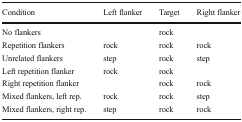
<table><thead><tr><td><b>Condition</b></td><td><b>Left flanker</b></td><td><b>Target</b></td><td><b>Right flanker</b></td></tr></thead><tbody><tr><td>No flankers</td><td></td><td>rock</td><td></td></tr><tr><td>Repetition flankers</td><td>rock</td><td>rock</td><td>rock</td></tr><tr><td>Unrelated flankers</td><td>step</td><td>rock</td><td>step</td></tr><tr><td>Left repetition flanker</td><td>rock</td><td>rock</td><td></td></tr><tr><td>Right repetition flanker</td><td></td><td>rock</td><td>rock</td></tr><tr><td>Mixed flankers, left rep.</td><td>rock</td><td>rock</td><td>step</td></tr><tr><td>Mixed flankers, right rep.</td><td>step</td><td>rock</td><td>rock</td></tr></tbody></table>